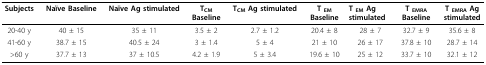
<table><thead><tr><td><b>Subjects</b></td><td><b>Naïve Baseline</b></td><td><b>Naïve Ag stimulated</b></td><td><b>T<sub>CM</sub>Baseline</b></td><td><b>T<sub>CM </sub>Ag stimulated</b></td><td><b>T <sub>EM</sub>Baseline</b></td><td><b>T <sub>EM </sub>Agstimulated</b></td><td><b>T <sub>EMRA</sub>Baseline</b></td><td><b>T <sub>EMRA </sub>Agstimulated</b></td></tr></thead><tbody><tr><td>20-40 y</td><td>40 ± 15</td><td>35 ± 11</td><td>3.5 ± 2</td><td>2.7 ± 1.2</td><td>20.4 ± 8</td><td>28 ± 7</td><td>32.7 ± 9</td><td>35.6 ± 8</td></tr><tr><td>41-60 y</td><td>38.7 ± 15</td><td>40.5 ± 24</td><td>3 ± 1.4</td><td>5 ± 4</td><td>21 ± 10</td><td>26 ± 17</td><td>37.8 ± 10</td><td>28.7 ± 14</td></tr><tr><td>&gt; 60 y</td><td>37.7 ± 13</td><td>37 ± 10.5</td><td>4.2 ± 1.9</td><td>5 ± 3.4</td><td>19.6 ± 10</td><td>25 ± 12</td><td>33.7 ± 10</td><td>32.1 ± 12</td></tr></tbody></table>